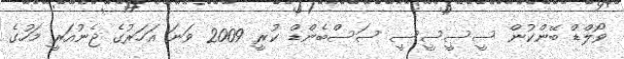
ވޯލްޑް ބޭންކުން ސީސީސީސީ ސަސްބެންޑް ކުރީ 2009 ވަނަ އަހަރުގެ ޖެނުއަރީ މަހުގެ